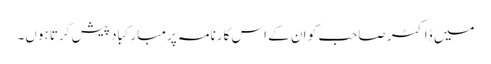
میں ڈاکٹر صاحب کو ان کے اس کارنامہ پر مبارکباد پیش کرتا ہوں۔